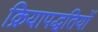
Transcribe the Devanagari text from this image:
क्रियापद्धतियों